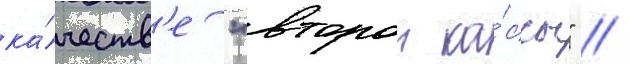
ка́честв'е "второи ка́ссы" //